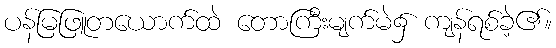
ပန်မြဖြူတယောက်ထဲ တောကြီးမျက်မဲ၌ ကျန်ရစ်ခဲ့၏။